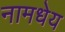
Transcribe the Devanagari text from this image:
नामधेय